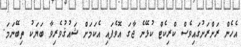
އެހެން ރަށްރަށުގައިވެސް ކްރިކެޓް ކުޅޭނެ ޖާގަ އޮވެފައި އެކަމަށް ޝައުޤުވެރިވާ ބަޔަކު ތިބޭނަމަ.